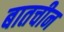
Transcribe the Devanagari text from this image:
बातचीन